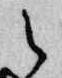
之